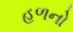
હળનો